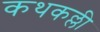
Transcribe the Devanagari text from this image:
कथकल्ली